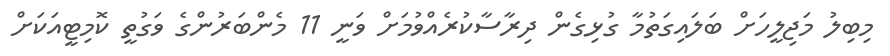
މިބިލު މަޖިލީހަށް ބަލައިގަތުމާ ގުޅިގެން ދިރާސާކުރެއްވުމަށް ވަނީ 11 މެންބަރުންގެ ވަގުތީ ކޮމިޓީއަކަށް